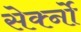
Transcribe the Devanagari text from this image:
सेर्क्नो